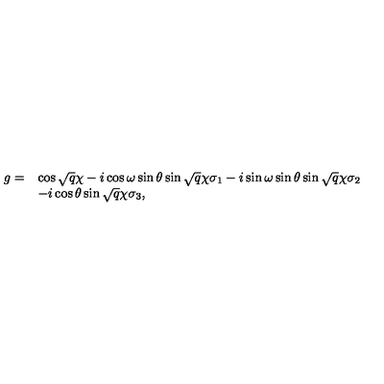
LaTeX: \begin{array} { l l } { g = } & { \cos \sqrt { q } \chi - i \cos \omega \sin \theta \sin \sqrt { q } \chi \sigma _ { 1 } - i \sin \omega \sin \theta \sin \sqrt { q } \chi \sigma _ { 2 } } \\ { } & { - i \cos \theta \sin \sqrt { q } \chi \sigma _ { 3 } , } \\ \end{array}